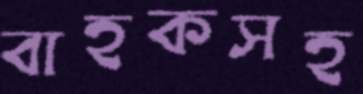
বাহকসহ